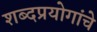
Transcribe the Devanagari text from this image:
शब्दप्रयोगांचे